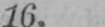
16.